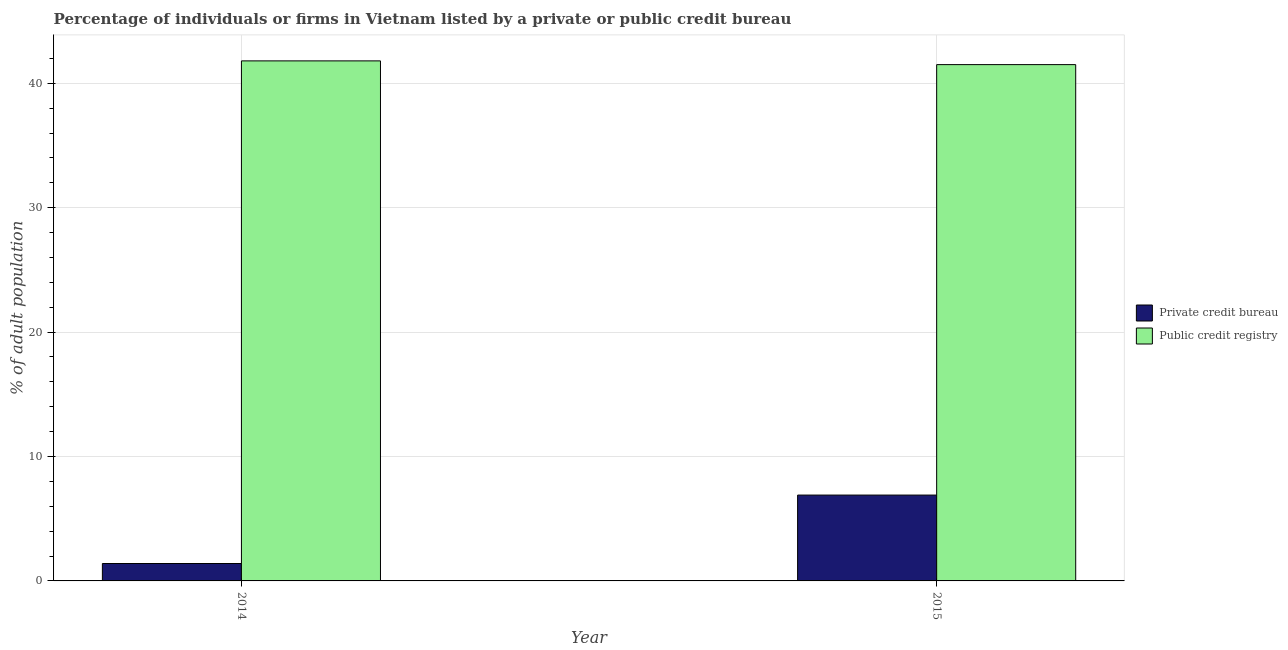
| Year | Private credit bureau | Public credit registry |
 | --- | --- | --- |
 | 2014 | 1.4 | 41.8 |
 | 2015 | 6.9 | 41.5 |